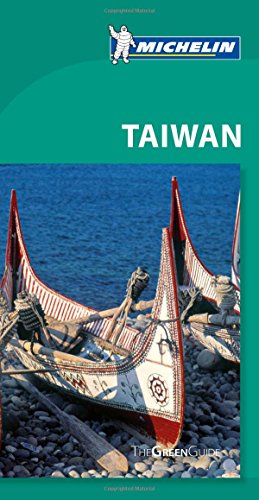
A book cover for Michelin Green Guide Taiwan (Green Guide/Michelin); Michelin; Travel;